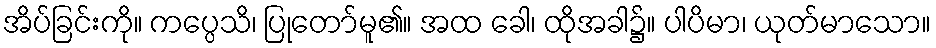
အိပ်ခြင်းကို။ ကပ္ပေသိ၊ ပြုတော်မူ၏။ အထ ခေါ၊ ထိုအခါ၌။ ပါပိမာ၊ ယုတ်မာသော။